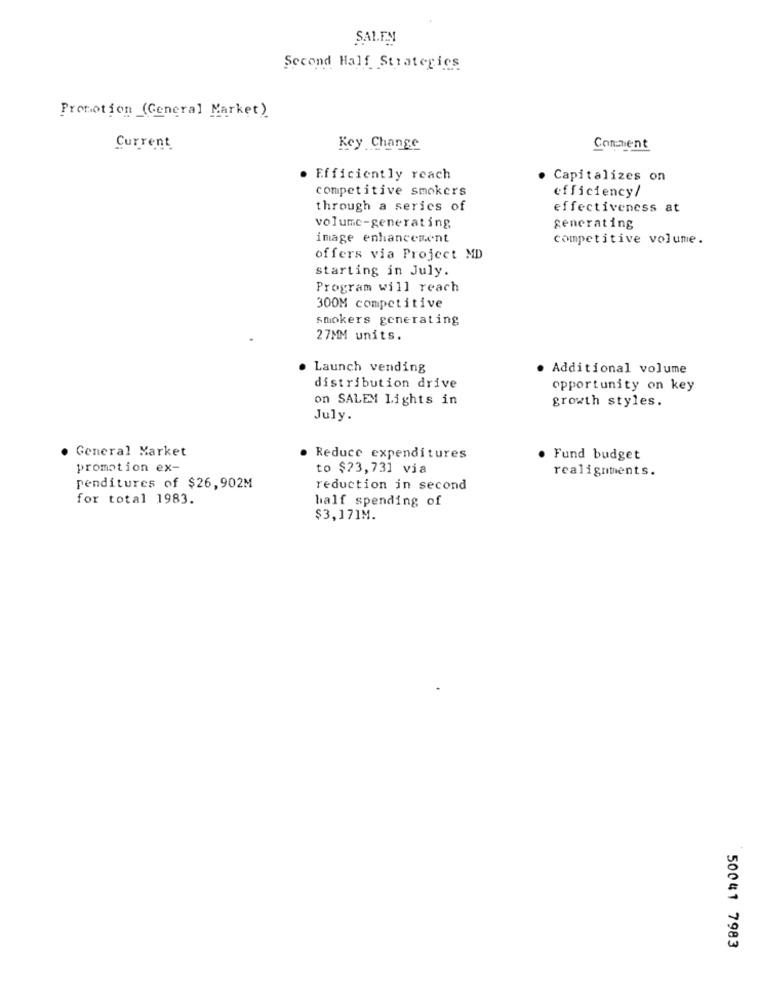
SALEN
Second Half Strategics
Promotion (General Market)
Current
Key Change
Comment
· Efficiently reach
Capitalizes on
competitive smokers
efficiency/
through a series of
effectiveness at
volume-generating
generating
image enhancement
competitive volume.
offers via Project MD
starting in July.
Program will reach
300M competitive
smokers generating
27MM units.
Launch vending
. Additional volume
distribution drive
opportunity on key
on SALEM Lights in
growth styles.
July.
. General Market
Reduce expenditures
Fund budget
promotion ex-
to $23,73] via
realignments.
penditures of $26,902M
reduction in second
for total 1983.
half spending of
$3,171M.
50041 7983